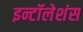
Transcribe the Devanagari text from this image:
इन्टॉलेशंस